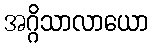
အဂ္ဂိသာလာယော